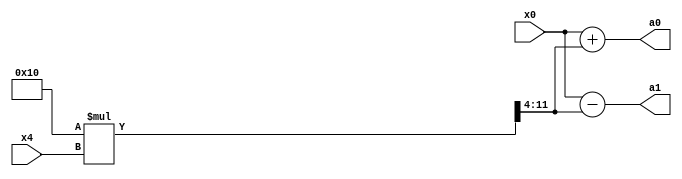
module butterfly_point_2
(
	input  [7:0]x0, //ufix 4.4
	input  [7:0]x4, //ufix 4.4
	output reg [7:0] a0, //ufix 4.4
	output reg [7:0] a1 //ufix 4.4
	
);
reg [15:0] temp;
parameter [7:0] w02 = 8'b00010000;


always@(*)
 begin
		temp <= w02*x4;
		a0 <= x0 + temp[11:4];
		a1 <= x0 - temp[11:4];
 end
 
endmodule